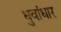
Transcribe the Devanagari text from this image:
धुवांधार